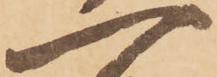
一